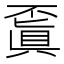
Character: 𠁒